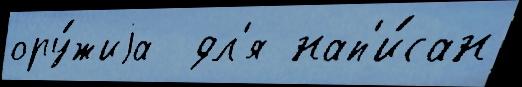
ору́жиjа  дл'я нап'и́сан